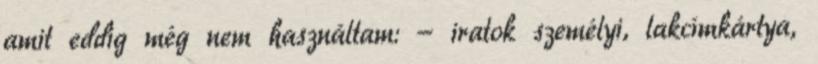
amit eddig még nem használtam: - iratok személyi, lakcímkártya,